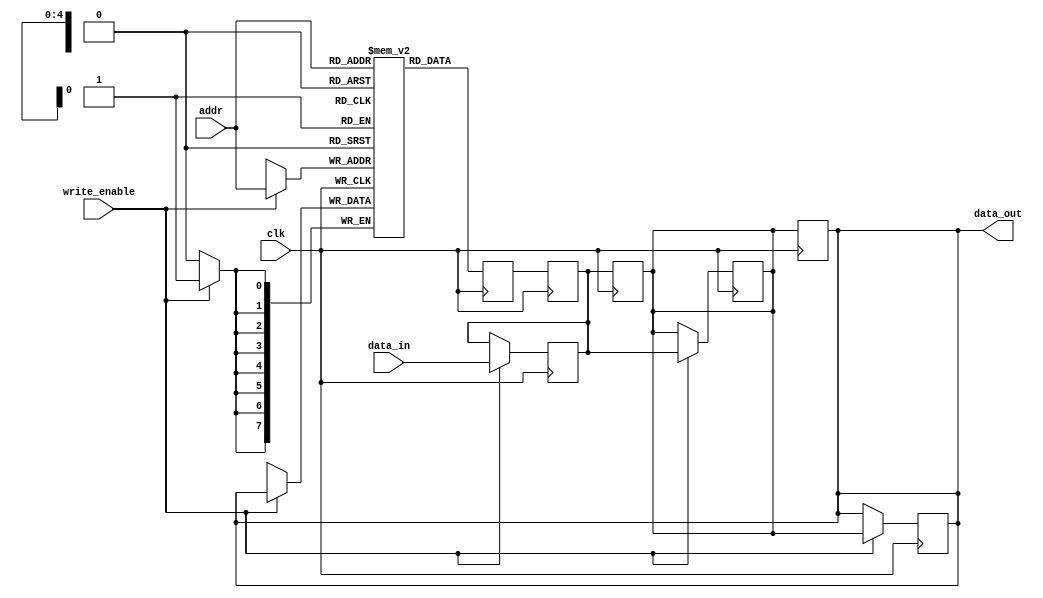
module MemoryBlocks #(
    parameter ADDR_WIDTH = 5, // Address width
    parameter DATA_WIDTH = 8,  // Data width
    parameter MEM_SIZE = 1 << ADDR_WIDTH // Memory size (2^ADDR_WIDTH)
)(
    input wire clk,                // Clock input
    input wire write_enable,       // Write enable signal
    input wire [ADDR_WIDTH-1:0] addr,       // Address input
    input wire [DATA_WIDTH-1:0] data_in,    // Data input
    output wire [DATA_WIDTH-1:0] data_out     // Data output
);

    // Memory array
    reg [DATA_WIDTH-1:0] memory [0:MEM_SIZE-1];

    // Output buffer
    reg [DATA_WIDTH-1:0] output_buffer;

    // Safe Delay Line
    reg [DATA_WIDTH-1:0] delay_line [0:2]; // 3-stage delay line
    integer i;

    // Control Logic
    always @(posedge clk) begin
        if (write_enable) begin
            // Pass data through the delay line before writing to memory
            delay_line[0] <= data_in; // Stage 1
            delay_line[1] <= delay_line[0]; // Stage 2
            delay_line[2] <= delay_line[1]; // Stage 3
            memory[addr] <= delay_line[2]; // Write to memory
        end
    end

    // Read Operation with Safe Delay
    always @(posedge clk) begin
        output_buffer <= memory[addr];
    end

    // Output through delay line
    always @(posedge clk) begin
        delay_line[0] <= output_buffer; // Stage 1
        delay_line[1] <= delay_line[0]; // Stage 2
        delay_line[2] <= delay_line[1]; // Stage 3
    end

    assign data_out = delay_line[2]; // Final output after delay

endmodule